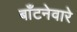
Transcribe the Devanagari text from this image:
बाँटनेवारे